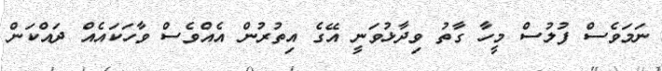
ނަމަވެސް ފުލުސް މީހާ ގާތު ވިދާޅުވަނީ އޭގެ އިތުރުން އެއްވެސް ވާހަކައެއް ދައްކަން